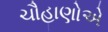
ચૌહાણોએ